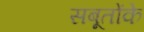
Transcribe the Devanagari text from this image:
सबूतोंके